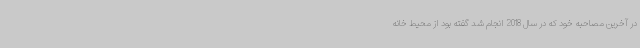
در آخرین مصاحبه خود که در سال 2018 انجام شد گفته بود از محیط خانه